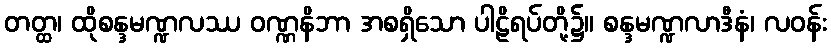
တတ္ထ၊ ထိုစန္ဒမဏ္ဍလဿ ဝဏ္ဏနိဘာ အစရှိသော ပါဠိရပ်တို့၌။ စန္ဒမဏ္ဍလာဒီနံ၊ လဝန်း